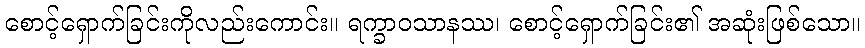
စောင့်ရှောက်ခြင်းကိုလည်းကောင်း။ ရက္ခာဝသာနဿ၊ စောင့်ရှောက်ခြင်း၏ အဆုံးဖြစ်သော။